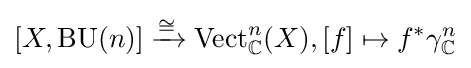
[X,\operatorname {BU} (n)]\xrightarrow {\cong } \operatorname {Vect} _{\mathbb {C} }^{n}(X),[f]\mapsto f^{*}\gamma _{\mathbb {C} }^{n}